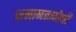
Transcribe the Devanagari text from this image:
समानताबोधी